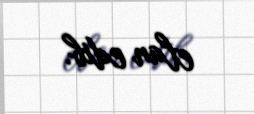
elan edib.